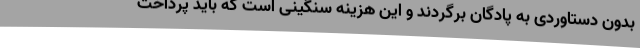
بدون دستاوردی به پادگان برگردند و این هزینه سنگینی است که باید پرداخت